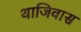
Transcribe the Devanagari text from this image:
थाजिवास